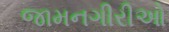
જામનગીરીઓ